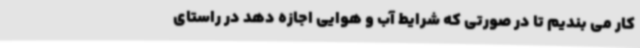
کار می بندیم تا در صورتی که شرایط آب و هوایی اجازه دهد در راستای